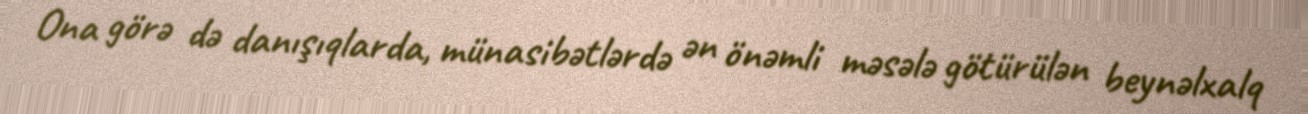
Ona görə də danışıqlarda, münasibətlərdə ən önəmli məsələ götürülən beynəlxalq